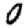
Digit: 0